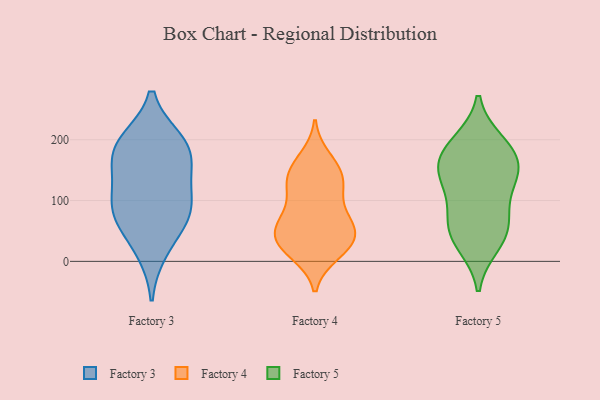
{"axis": {"x": "Headcount", "y": "Value"}, "legend": ["Factory 3", "Factory 4", "Factory 5"], "data": [{"x": "", "y": 197, "type": "Factory 3"}, {"x": "", "y": 71, "type": "Factory 3"}, {"x": "", "y": 136, "type": "Factory 3"}, {"x": "", "y": 82, "type": "Factory 3"}, {"x": "", "y": 165, "type": "Factory 3"}, {"x": "", "y": 18, "type": "Factory 3"}, {"x": "", "y": 106, "type": "Factory 3"}, {"x": "", "y": 75, "type": "Factory 3"}, {"x": "", "y": 183, "type": "Factory 3"}, {"x": "", "y": 194, "type": "Factory 3"}, {"x": "", "y": 13, "type": "Factory 4"}, {"x": "", "y": 170, "type": "Factory 4"}, {"x": "", "y": 29, "type": "Factory 4"}, {"x": "", "y": 128, "type": "Factory 4"}, {"x": "", "y": 121, "type": "Factory 4"}, {"x": "", "y": 154, "type": "Factory 4"}, {"x": "", "y": 154, "type": "Factory 4"}, {"x": "", "y": 65, "type": "Factory 4"}, {"x": "", "y": 36, "type": "Factory 4"}, {"x": "", "y": 16, "type": "Factory 4"}, {"x": "", "y": 38, "type": "Factory 4"}, {"x": "", "y": 64, "type": "Factory 4"}, {"x": "", "y": 63, "type": "Factory 4"}, {"x": "", "y": 53, "type": "Factory 4"}, {"x": "", "y": 26, "type": "Factory 4"}, {"x": "", "y": 130, "type": "Factory 4"}, {"x": "", "y": 118, "type": "Factory 4"}, {"x": "", "y": 76, "type": "Factory 4"}, {"x": "", "y": 28, "type": "Factory 5"}, {"x": "", "y": 149, "type": "Factory 5"}, {"x": "", "y": 141, "type": "Factory 5"}, {"x": "", "y": 132, "type": "Factory 5"}, {"x": "", "y": 64, "type": "Factory 5"}, {"x": "", "y": 57, "type": "Factory 5"}, {"x": "", "y": 178, "type": "Factory 5"}, {"x": "", "y": 39, "type": "Factory 5"}, {"x": "", "y": 188, "type": "Factory 5"}, {"x": "", "y": 153, "type": "Factory 5"}, {"x": "", "y": 195, "type": "Factory 5"}, {"x": "", "y": 91, "type": "Factory 5"}]}